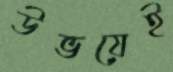
উভয়েই